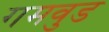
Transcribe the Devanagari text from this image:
गमवुड